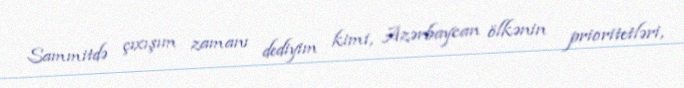
Sammitdə çıxışım zamanı dediyim kimi, Azərbaycan ölkənin prioritetləri,